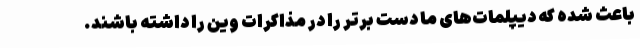
باعث شده که دیپلمات‌های ما دست برتر را در مذاکرات وین را داشته باشند.